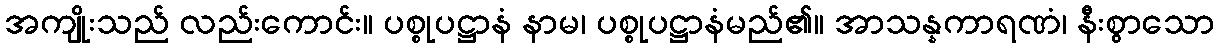
အကျိုးသည် လည်းကောင်း။ ပစ္စုပဋ္ဌာနံ နာမ၊ ပစ္စုပဋ္ဌာနံမည်၏။ အာသန္နကာရဏံ၊ နီးစွာသော